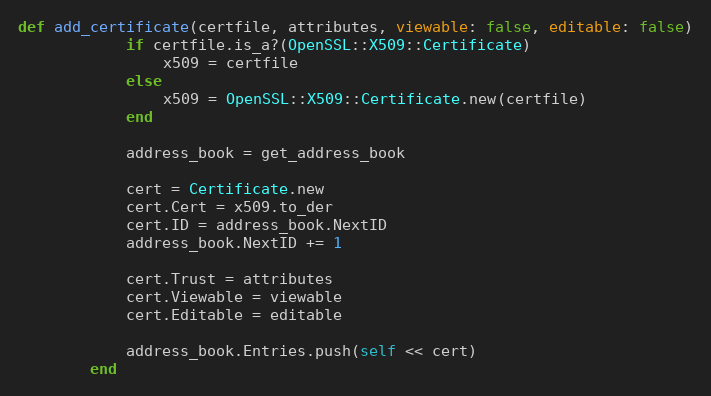
Language: Ruby
def add_certificate(certfile, attributes, viewable: false, editable: false)
            if certfile.is_a?(OpenSSL::X509::Certificate)
                x509 = certfile
            else
                x509 = OpenSSL::X509::Certificate.new(certfile)
            end

            address_book = get_address_book

            cert = Certificate.new
            cert.Cert = x509.to_der
            cert.ID = address_book.NextID
            address_book.NextID += 1

            cert.Trust = attributes
            cert.Viewable = viewable
            cert.Editable = editable

            address_book.Entries.push(self << cert)
        end